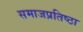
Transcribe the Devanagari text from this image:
समाजप्रतिष्ठा